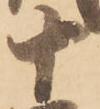
十